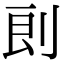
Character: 剆